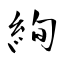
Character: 絢